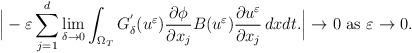
LaTeX: \begin{align*}\Big|-\varepsilon\displaystyle\sum_{j=1}^{d}\displaystyle\lim_{\delta\to 0}\int_{\Omega_{T}} G_{\delta}^{'}(u^{\varepsilon})\frac{\partial\phi}{\partial x_{j}} B(u^{\varepsilon})\frac{\partial u^{\varepsilon}}{\partial x_{j}}\, dx dt.\Big|\to 0\,\,\mbox{as}\,\,\varepsilon\to 0.\end{align*}